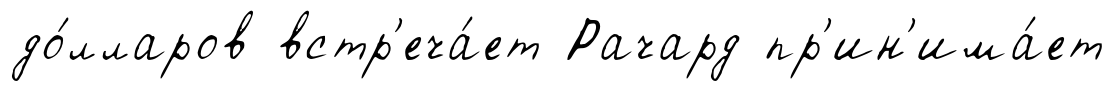
до́лларов встр'еча́ет Рачард пр'ин'има́ет